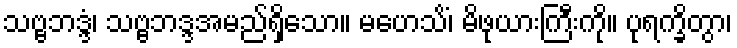
သဗ္ဗဘဒ္ဒံ၊ သဗ္ဗဘဒ္ဒအမည်ရှိသော။ မဟေသိံ၊ မိဖုယားကြီးကို။ ပုရက္ခိတွာ၊